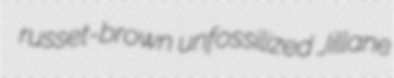
russet-brown unfossilized Jillane